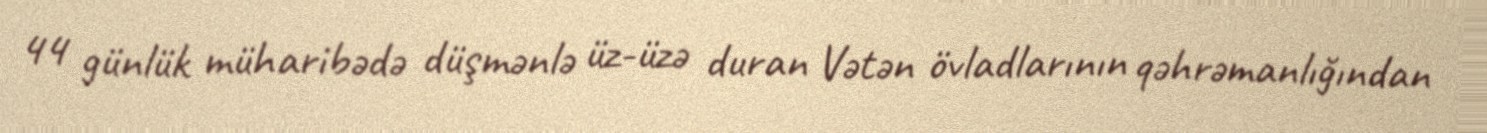
44 günlük müharibədə düşmənlə üz-üzə duran Vətən övladlarının qəhrəmanlığından